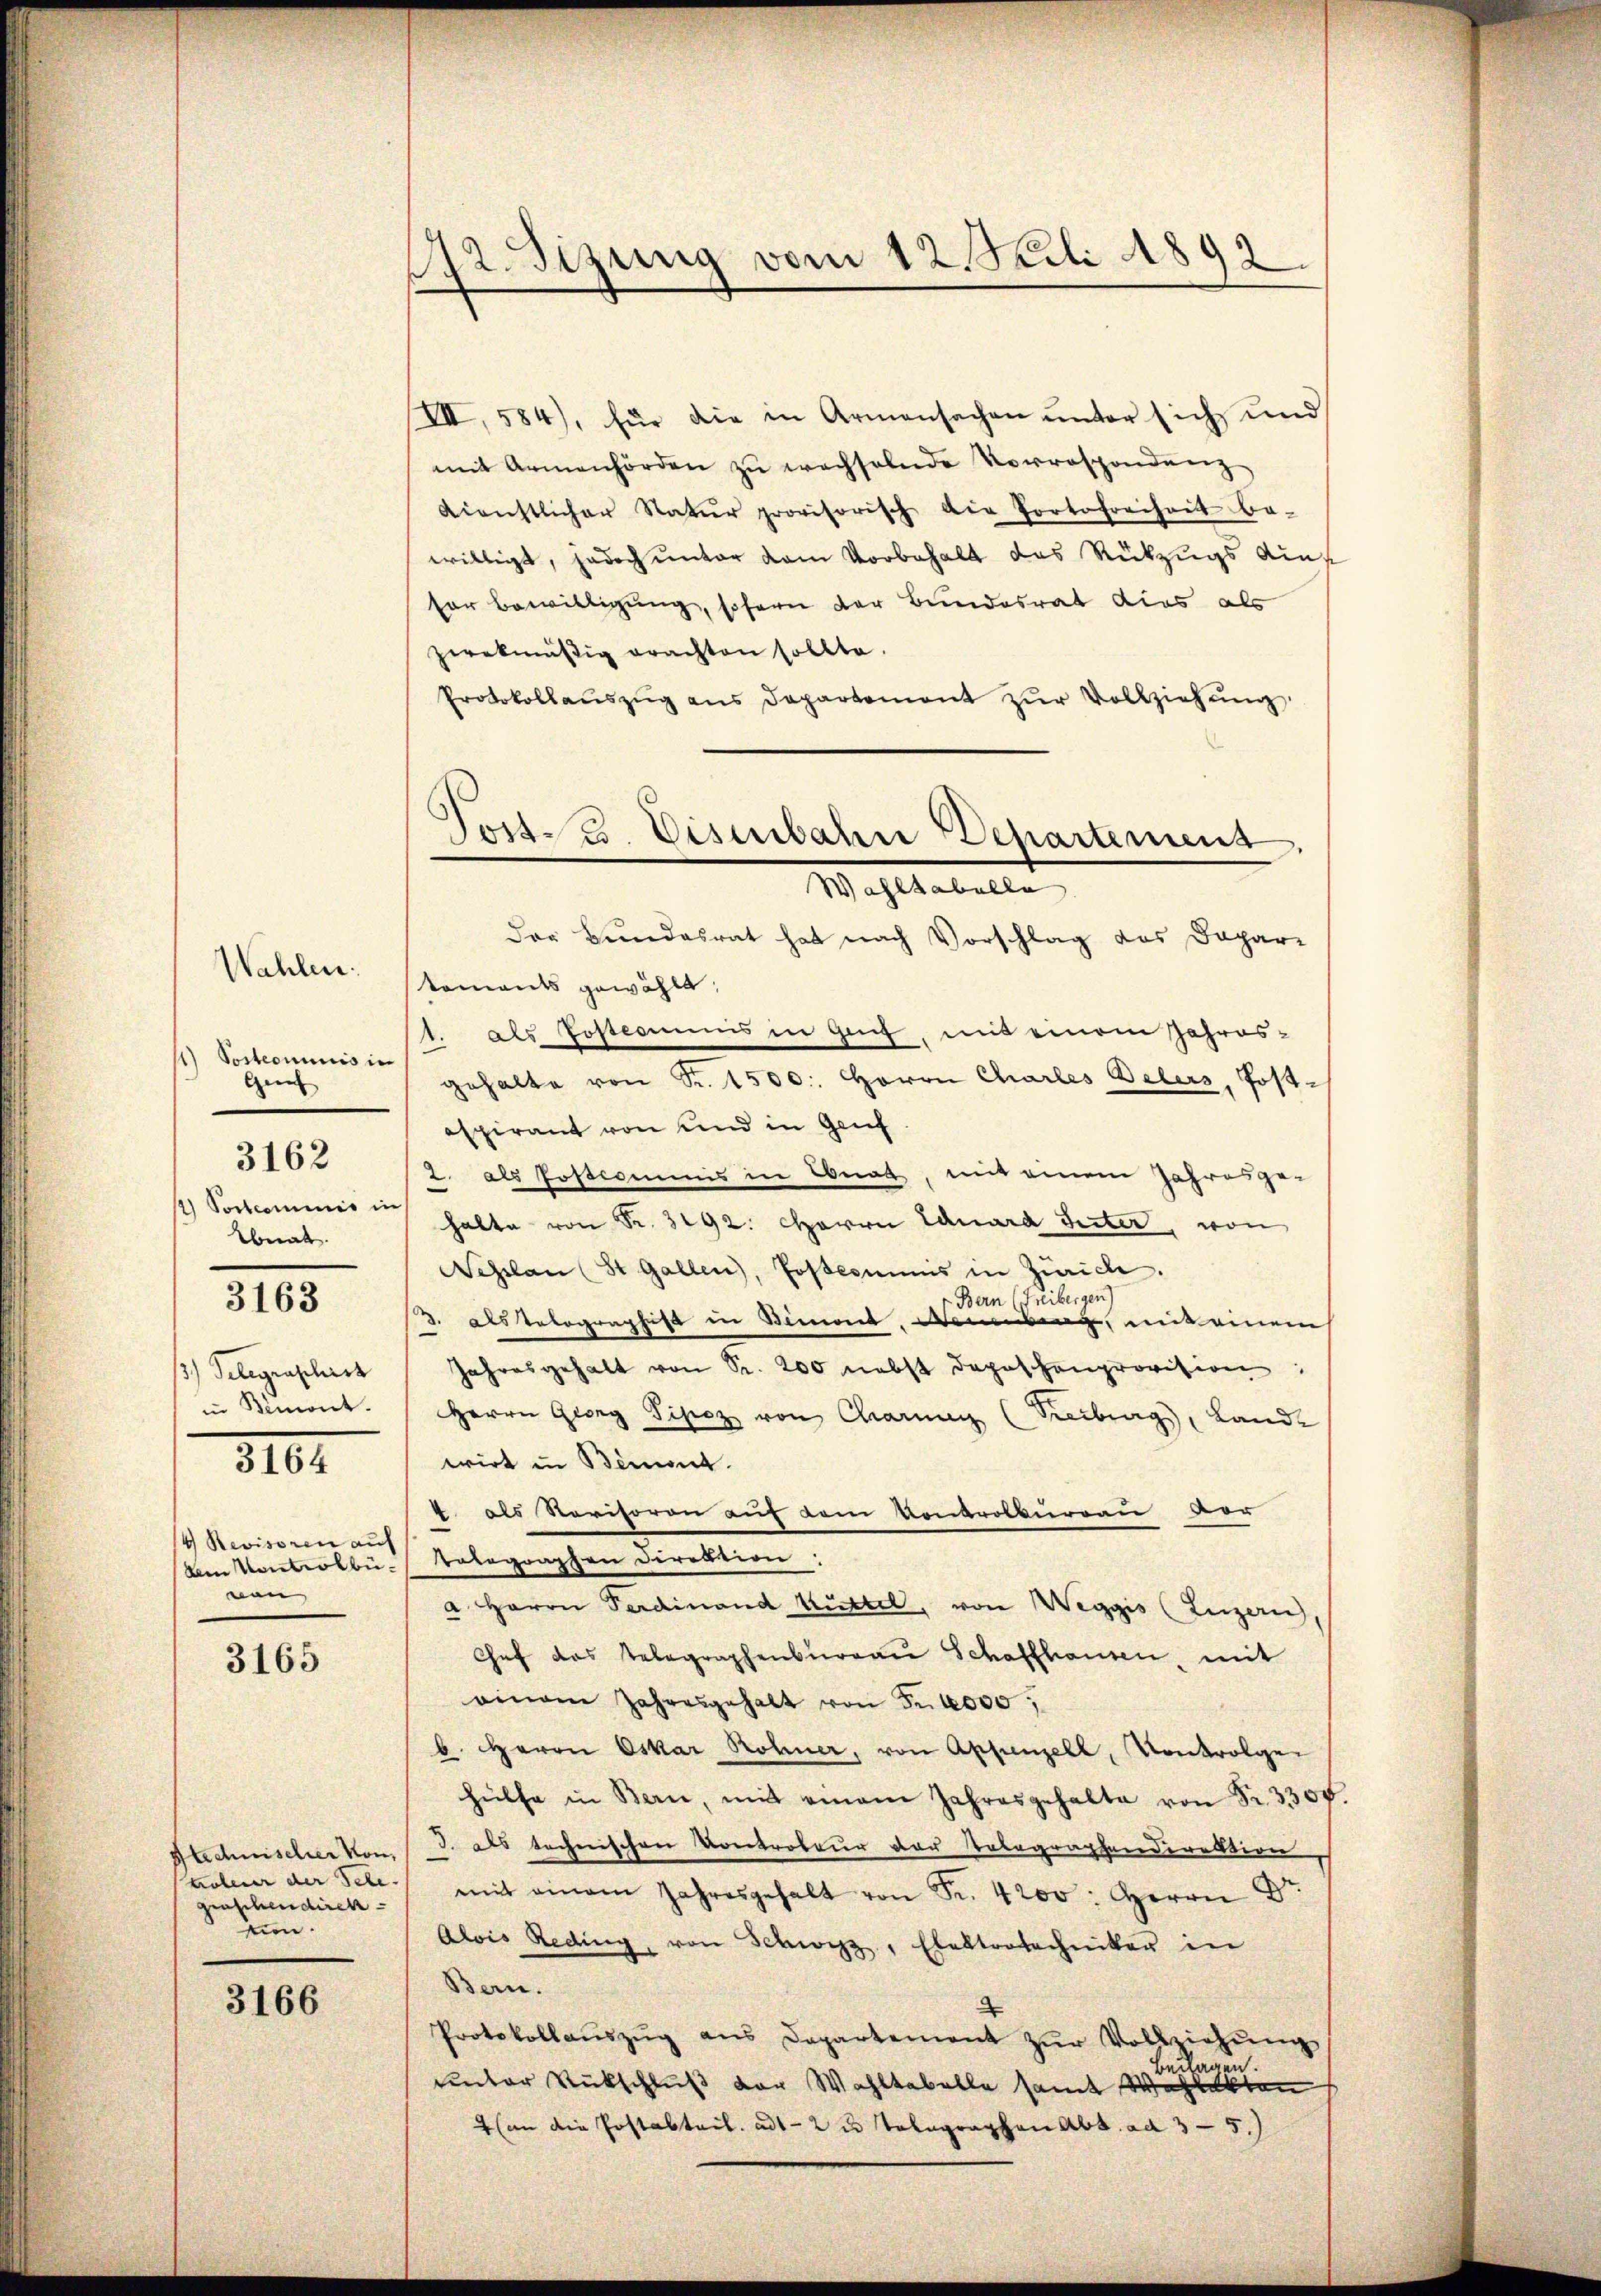
1) Posteoumnis in
Genf
1) Postcommis in
Ebnat.
3163
/3) Telegraschirt
in Simont.
310.

Wahlen:

3162

4 Revisoren auf
non,

3165

Stechnischer von,
graschendirek
un.

3166

112. Sizung vom 12. Sili 1892.

VII, 584), für die in Armensachen ŭnter sich und
mit Armenhörden zŭ wechselnde Vorrespondŭng
dienstlicher Natur provisorisch die Portofreiheit be-
willigt, jedoch unter dem Vorbehalt das Rückzugs diesor Bewilligung, sofern der Bundesrat dies als
zwekmäßig erachten sollte.
Protokollaŭszŭg ans Departement zŭr Vollziehŭng
der Bundesrat hat nach Vorschlag das Dapartements gewählt,
1. als Posteamens in Genf, mit einem Jahres-
gehalte von Sr. 1500. Herrn Charles Belers, Postespirant von und in Genf
2. als Postiommnis in Ebnat, mit einem Jahresge-
halte von Fr. 3192. Herrn Eduard Guter, von
Neslau (St. Gallen), Postcommis in Zürich.
Bern (Freibergen)
. als Telegraphes in Stimmt. Weberg, mit einem
Jahresgehalt von Sr. 200 nebst doposchenprovision:
Herrn Georg Pipez von Charmen (Reiburg, Lande
wirt in Bimmt.
4. als Revisoren auf dem Kontrolbureau ver
Ankontrolbü- telegraphen Direktion:
a Herrn Ferdinand Rittel, von Weggis (Luzern,
Chef das Telegraphenbŭrgaŭ Schaffhausen, mit
einem Jahresgehalt von Fr. 1000,
b. Herrn Oskar Rohner, von Appenzell, Kontrolgen
hülfe in Bern, mit einem Jahresgehalte von Fr. 3300
J. als technischen Kontrateur der Telegraphendirektion
hobener der Tele. mit einem Jahresgehalt von Fr. 4200. Herrn Dr.
Alois Reding, von Schwyz, Elektrotechniker in
Bern.
Protokollaŭszŭg ans Departement zŭr Vollziehŭng
Beilagen.
unter Rückschluß der Wahltabelle samt Wahlakten
4 (an die Postabteil. ad 1-2 u. Telegraphen Abt. ad 3 - 5.)

Post. 3. Disenbahn Departemend
Wahltabella